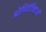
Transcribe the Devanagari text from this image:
श्रोणितंत्रिकाओं